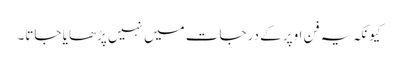
کیونکہ یہ فن اوپر کے درجات میں نہیں پڑھایا جاتا۔